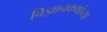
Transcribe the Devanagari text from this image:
विज्ञानकथांच्या